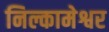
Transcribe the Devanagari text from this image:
निल्कामेश्वर